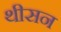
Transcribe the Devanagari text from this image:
थीसन